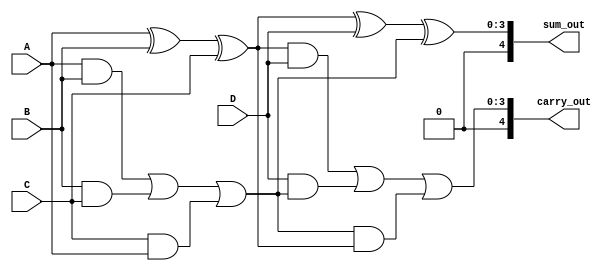
module CarrySaveAdder(
    input [3:0] A,
    input [3:0] B,
    input [3:0] C,
    input [3:0] D,
    output [4:0] sum_out, // Final sum output
    output [4:0] carry_out // Final carry output
);

    // Stage 1: First layer of CSA
    wire [3:0] sum1, carry1;
    
    // Full adder for A, B, C
    assign sum1 = A ^ B ^ C; // Sum bits
    assign carry1 = (A & B) | (B & C) | (C & A); // Carry bits

    // Stage 2: Second layer of CSA
    wire [3:0] sum2, carry2;

    // Full adder for sum1, D, and carry1
    assign sum2 = sum1 ^ D ^ carry1; // Sum bits
    assign carry2 = (sum1 & D) | (D & carry1) | (carry1 & sum1); // Carry bits

    // Final stage: Combine sum2 and carry2
    assign sum_out = sum2; // Final sum output
    assign carry_out = carry2; // Final carry output

endmodule